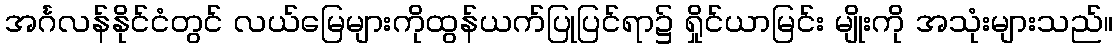
အင်္ဂလန်နိုင်ငံတွင် လယ်မြေများကိုထွန်ယက်ပြုပြင်ရာ၌ ရှိုင်ယာမြင်း မျိုးကို အသုံးများသည်။